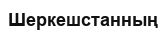
Шеркешстанның